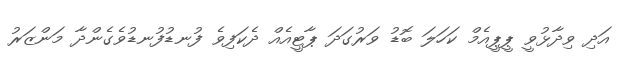
އަދި ވިދާޅުވީ ޕީޕީއެމް ކަަހަލަ ބޮޑު ވަރުގަދަ ޕާޓީއެއް ދެކަފިވެ ފުނޑުފުނޑުވެގެންދާ މަންޒަރު